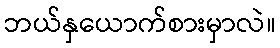
ဘယ်နှယောက်စားမှာလဲ။